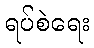
ရပ်စဲရေး